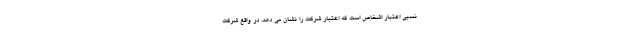
نسبی اعتبار اشخاص است که اعتبار شرکت را نشان می دهد. در واقع شرکت